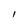
Character: I